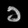
Digit: ၁